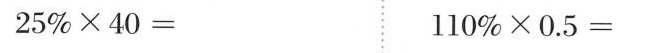
$$2 5 % \times 4 0 =$$ $$1 1 0 % \times 0 . 5 =$$